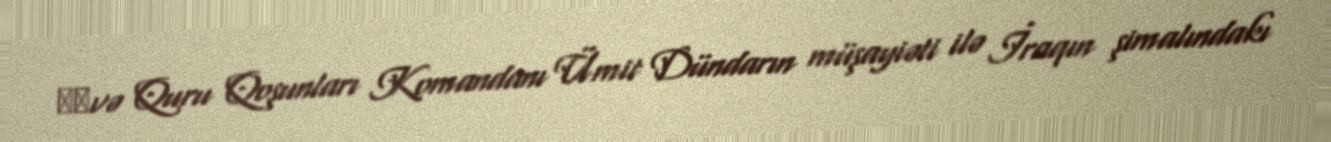
​​və Quru Qoşunları Komandanı Ümit Dündarın müşayiəti ilə İraqın şimalındakı